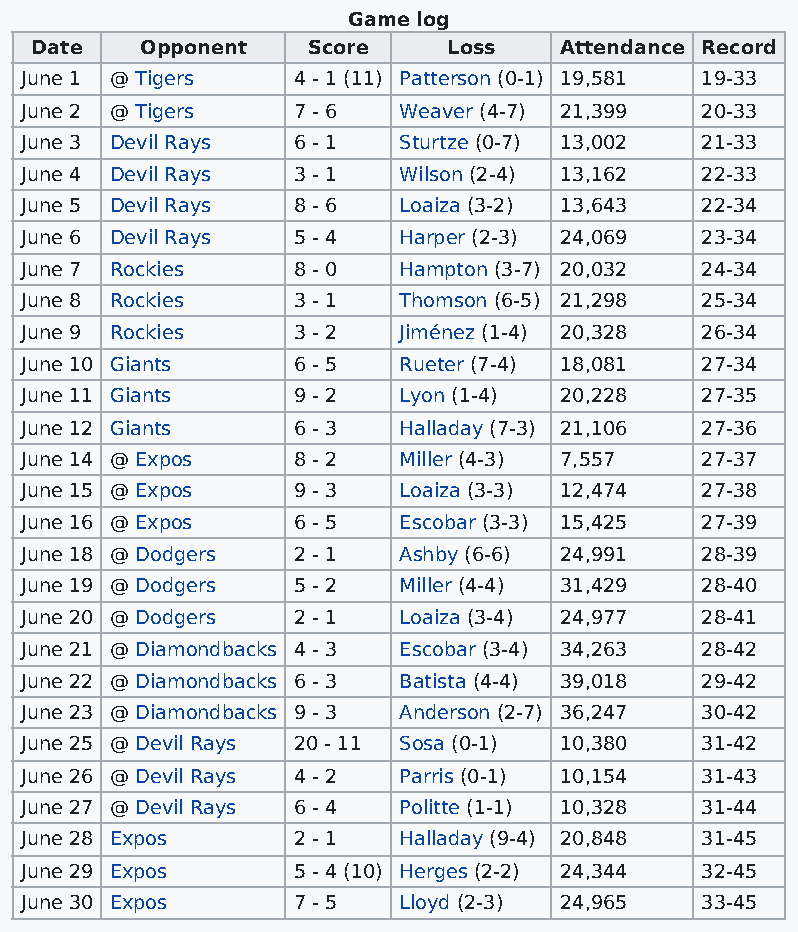
Game log
 Date   Opponent   Score     Loss   Attendance Record
 June 1 @ Tigers   4 - 1 (11) Patterson (0-1) 19,581 19-33
 June 2 @ Tigers   7 - 6  Weaver (4-7) 21,399 20-33
 June 3 Devil Rays 6 - 1  Sturtze (0-7) 13,002 21-33
 June 4 Devil Rays 3 - 1  Wilson (2-4) 13,162 22-33
 June 5 Devil Rays 8 - 6  Loaiza (3-2) 13,643 22-34
 June 6 Devil Rays 5 - 4  Harper (2-3) 24,069 23-34
 June 7 Rockies    8 - 0  Hampton (3-7) 20,032 24-34
 June 8 Rockies    3 - 1  Thomson (6-5) 21,298 25-34
 June 9 Rockies    3 - 2  Jiménez (1-4) 20,328 26-34
 June 10 Giants    6 - 5  Rueter (7-4) 18,081 27-34
 June 11 Giants    9 - 2  Lyon (1-4) 20,228   27-35
 June 12 Giants    6 - 3  Halladay (7-3) 21,106 27-36
 June 14 @ Expos   8 - 2  Miller (4-3) 7,557  27-37
 June 15 @ Expos   9 - 3  Loaiza (3-3) 12,474 27-38
 June 16 @ Expos   6 - 5  Escobar (3-3) 15,425 27-39
 June 18 @ Dodgers 2 - 1  Ashby (6-6) 24,991  28-39
 June 19 @ Dodgers 5 - 2  Miller (4-4) 31,429 28-40
 June 20 @ Dodgers 2 - 1  Loaiza (3-4) 24,977 28-41
 June 21 @ Diamondbacks 4 - 3 Escobar (3-4) 34,263 28-42
 June 22 @ Diamondbacks 6 - 3 Batista (4-4) 39,018 29-42
 June 23 @ Diamondbacks 9 - 3 Anderson (2-7) 36,247 30-42
 June 25 @ Devil Rays 20 - 11 Sosa (0-1) 10,380 31-42
 June 26 @ Devil Rays 4 - 2 Parris (0-1) 10,154 31-43
 June 27 @ Devil Rays 6 - 4 Politte (1-1) 10,328 31-44
 June 28 Expos     2 - 1  Halladay (9-4) 20,848 31-45
 June 29 Expos     5 - 4 (10) Herges (2-2) 24,344 32-45
 June 30 Expos     7 - 5  Lloyd (2-3) 24,965  33-45